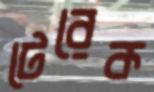
টেরেক